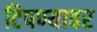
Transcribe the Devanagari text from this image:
टिपण्यावर